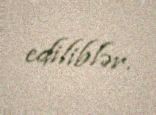
ediliblər.